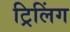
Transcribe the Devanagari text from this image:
ट्रिलिंग